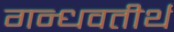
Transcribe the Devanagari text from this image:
गन्धवतीर्थ